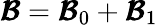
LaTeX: \pmb{{\cal B}}=\pmb{{\cal B}}_{0}+\pmb{{\cal B}}_{1}